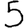
Digit: 5